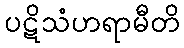
ပဋိသံဟရာမီတိ